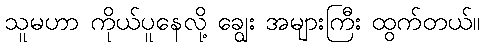
သူမဟာ ကိုယ်ပူနေလို့ ချွေး အများကြီး ထွက်တယ်။